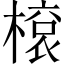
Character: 𬄓